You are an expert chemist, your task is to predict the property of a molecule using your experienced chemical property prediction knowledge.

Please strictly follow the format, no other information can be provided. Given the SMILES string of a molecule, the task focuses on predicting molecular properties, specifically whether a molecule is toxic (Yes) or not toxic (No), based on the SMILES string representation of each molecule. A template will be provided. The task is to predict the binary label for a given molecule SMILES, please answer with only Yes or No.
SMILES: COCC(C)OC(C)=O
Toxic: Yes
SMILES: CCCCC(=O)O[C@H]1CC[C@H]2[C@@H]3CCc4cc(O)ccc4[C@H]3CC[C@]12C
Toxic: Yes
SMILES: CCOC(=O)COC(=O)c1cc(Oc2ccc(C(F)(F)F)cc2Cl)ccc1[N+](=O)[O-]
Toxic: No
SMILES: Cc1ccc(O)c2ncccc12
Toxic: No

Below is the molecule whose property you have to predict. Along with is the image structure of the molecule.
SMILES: c1cc(N(CC2CO2)CC2CO2)ccc1OCC1CO1
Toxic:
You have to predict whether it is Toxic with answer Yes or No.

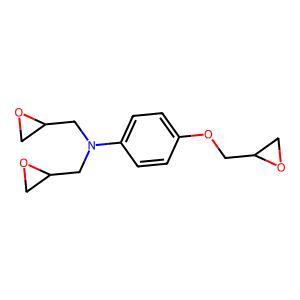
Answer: No